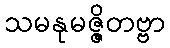
သမနုမဇ္ဇိတဗ္ဗာ